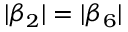
| \beta _ { 2 } | = | \beta _ { 6 } |